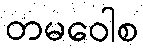
တမဝေါစ